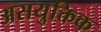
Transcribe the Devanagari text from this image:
असयुक्तिक